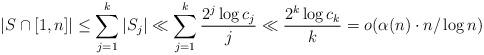
LaTeX: \begin{align*} \vert S\cap [1,n]\vert\leq \sum_{j=1}^k\vert S_j\vert\ll \sum_{j=1}^k \frac{2^j\log c_j}{j}\ll \frac{2^k\log c_k}{k}=o(\alpha(n)\cdot n/\log n) \end{align*}